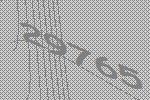
29765